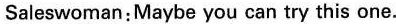
Saleswoman:Maybe you can try this one.